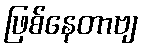
ဖြစ်နေတာဗျ